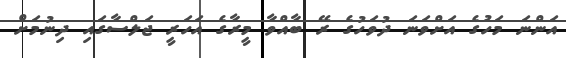
އަންނަ މަހުގެ އަށްވަނަ ދުވަހުގެ ރޭ ބާއްވާ މީރާގެ އަހަރީ ޖަލްސާގައި ދިނުމަށް